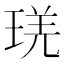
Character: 琷